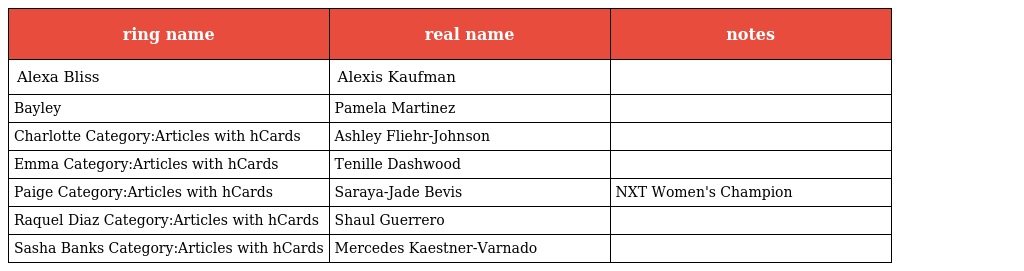
| ring name | real name | notes |
 | --- | --- | --- |
 | Alexa Bliss | Alexis Kaufman |  |
 | Bayley | Pamela Martinez |  |
 | Charlotte Category:Articles with hCards | Ashley Fliehr-Johnson |  |
 | Emma Category:Articles with hCards | Tenille Dashwood |  |
 | Paige Category:Articles with hCards | Saraya-Jade Bevis | NXT Women's Champion |
 | Raquel Diaz Category:Articles with hCards | Shaul Guerrero |  |
 | Sasha Banks Category:Articles with hCards | Mercedes Kaestner-Varnado |  |